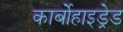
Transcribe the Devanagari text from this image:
कार्बोहाइड्रेड